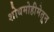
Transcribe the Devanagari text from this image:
शोधमोहीमेतून